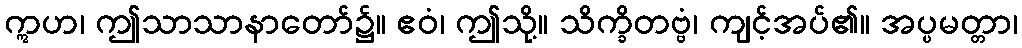
ဣဟ၊ ဤသာသာနာတော်၌။ ဧဝံ၊ ဤသို့။ သိက္ခိတဗ္ဗံ၊ ကျင့်အပ်၏။ အပ္ပမတ္တာ၊